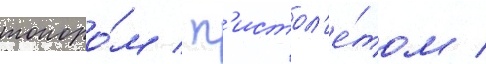
топоро́м / п'истол'е́том /